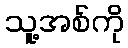
သူ့အစ်ကို